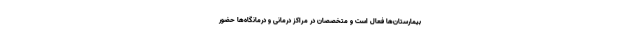
بیمارستان‌ها فعال است و متخصصان در مراکز درمانی و درمانگاه‌ها حضور